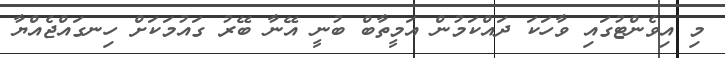
މި އިވެންޓުގައި ވާހަކަ ދައްކަމުން އަމީތާބް ބުނީ އޭނާ ބޭރު ގައުމަކަށް ހިނގައްޖެއްޔާ